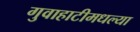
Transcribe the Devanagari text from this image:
गुवाहाटीमधल्या